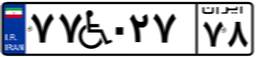
۷۷W۰۲۷۷۸